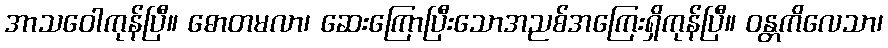
အာသဝေါကုန်ပြီ။ ဓောတမလာ၊ ဆေးကြောပြီးသောအညစ်အကြေးရှိကုန်ပြီ။ ဝန္တကိလေသာ၊